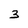
Character: 3